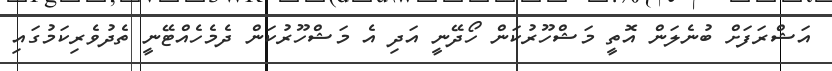
އަޝްރަފަށް ބުނެލަން އޮތީ މަޝްހޫރުކަން ހޯދޭނީ އަދި އެ މަޝްހޫރުކަން ދެމެހެއްޓޭނީ ތެދުވެރިކަމުގައި